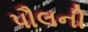
પૌલની